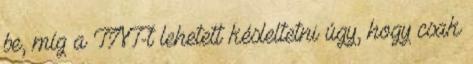
be, míg a TNT-t lehetett késleltetni úgy, hogy csak